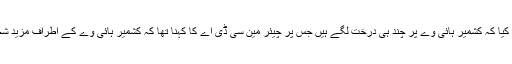
چیف جسٹس نے استفسار کیا کہ کشمیر ہائی وے پر چند ہی درخت لگے ہیں جس پر چیئر مین سی ڈی اے کا کہنا تھا کہ کشمیر ہائی وے کے اطراف مزید شجرکاری کی جا رہی ہے۔